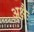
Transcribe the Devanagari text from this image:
अक्षैः